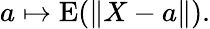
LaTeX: a\mapsto\operatorname{E}(\| X-a\| ).